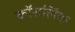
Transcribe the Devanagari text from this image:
क्रॉसलिंक